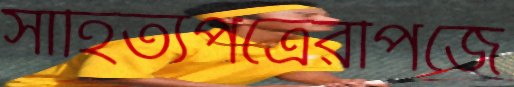
সাহিত্যপত্রেরপিজে